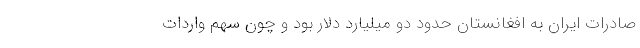
صادرات ایران به افغانستان حدود دو میلیارد دلار بود و چون سهم واردات